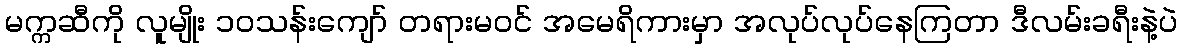
မက္ကဆီကို လူမျိုး ၁၀သန်းကျော် တရားမဝင် အမေရိကားမှာ အလုပ်လုပ်နေကြတာ ဒီလမ်းခရီးနဲ့ပဲ